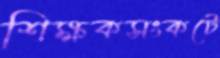
শিক্ষকসংকটে